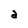
Character: a